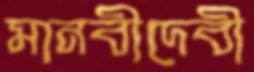
মানবীদেবী